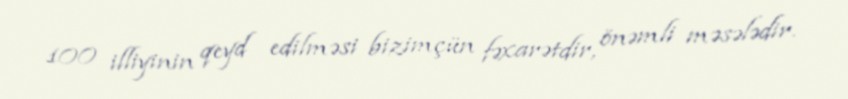
100 illiyinin qeyd edilməsi bizimçün fəxarətdir, önəmli məsələdir.